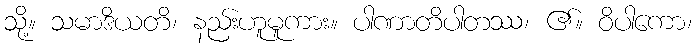
သို့။ သမာဒိယတိ၊ နည်းဟူမူကား။ ပါဏာတိပါတဿ၊ ၏။ ဝိပါကော၊